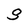
Character: S